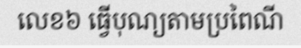
លេខ៦ ធ្វើបុណ្យតាមប្រពៃណី